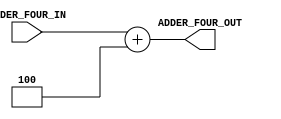
module ADDER_FOUR(
input [31:0] ADDER_FOUR_IN,
output [31:0] ADDER_FOUR_OUT
);

assign  ADDER_FOUR_OUT = ADDER_FOUR_IN + 4;


endmodule